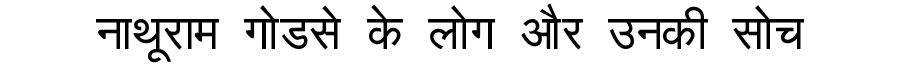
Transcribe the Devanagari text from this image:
नाथूराम गोडसे के लोग और उनकी सोच